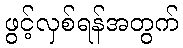
ဖွင့်လှစ်ရန်အတွက်